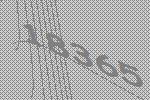
18365